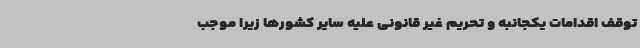
توقف اقدامات یکجانبه و تحریم غیر قانونی علیه سایر کشورها زیرا موجب